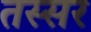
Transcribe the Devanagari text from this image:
तस्सर